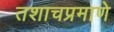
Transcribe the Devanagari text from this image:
तशाचप्रमाणे